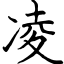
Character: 凌